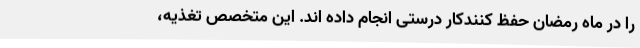
را در ماه رمضان حفظ کنندکار درستی انجام داده اند. این متخصص تغذیه،